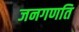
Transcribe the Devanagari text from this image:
जनगणति